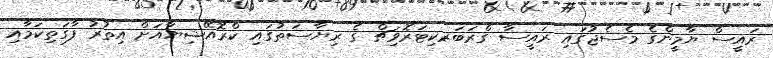
ރައީސް ޔާމީންގެ މެސެޖުގައި ރައީސާ ގްރަބަރ-ކިޓަރޮވިޗް ގެ ރިޔާސަތުގައި ކްރޮއޭޝިޔާއަށް އިތުރު ފާގަތިކަމާއި